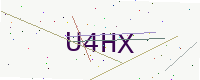
Text: U4HX